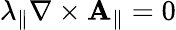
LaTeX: \lambda_{\parallel}\nabla\times\mathbf{A}_{\parallel}=0